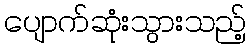
ပျောက်ဆုံးသွားသည့်